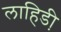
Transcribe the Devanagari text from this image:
लाहिडी़